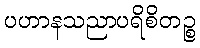
ပဟာနသညာပရိစိတဉ္စ